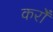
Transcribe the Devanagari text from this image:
करोँ